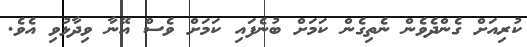
ކުރިއަށް ގެންދެވެން ނެތިގެން ކަމަށް ބުނެފައި ކަމަށް ވެސް އޭނާ ވިދާޅުވި އެވެ.